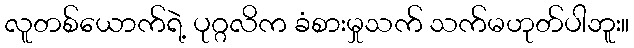
လူတစ်ယောက်ရဲ့ ပုဂ္ဂလိက ခံစားမှုသက် သက်မဟုတ်ပါဘူး။